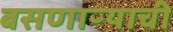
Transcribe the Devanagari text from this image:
बसणाऱ्याची